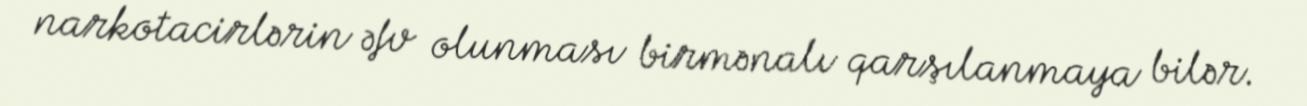
narkotacirlərin əfv olunması birmənalı qarşılanmaya bilər.